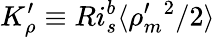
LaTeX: K_{\rho}^{\prime}\equiv Ri_{s}^{b}\langle\rho_{m}^{\prime}{}^{2}/2\rangle